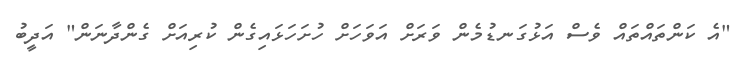
"އެ ކަންތައްތައް ވެސް އަޅުގަނޑުމެން ވަރަށް އަވަހަށް ހުށަހަޅައިގެން ކުރިއަށް ގެންދާނަން" އަދީބު